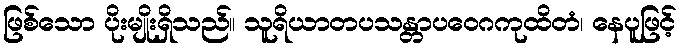
ဖြစ်သော ပိုးမျိုးရှိသည်။ သူရိယာတပသန္တာပဝေဂကုထိတံ၊ နေပူဖြင့်